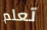
تعلم